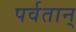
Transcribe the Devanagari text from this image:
पर्वतान्